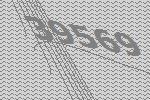
39569